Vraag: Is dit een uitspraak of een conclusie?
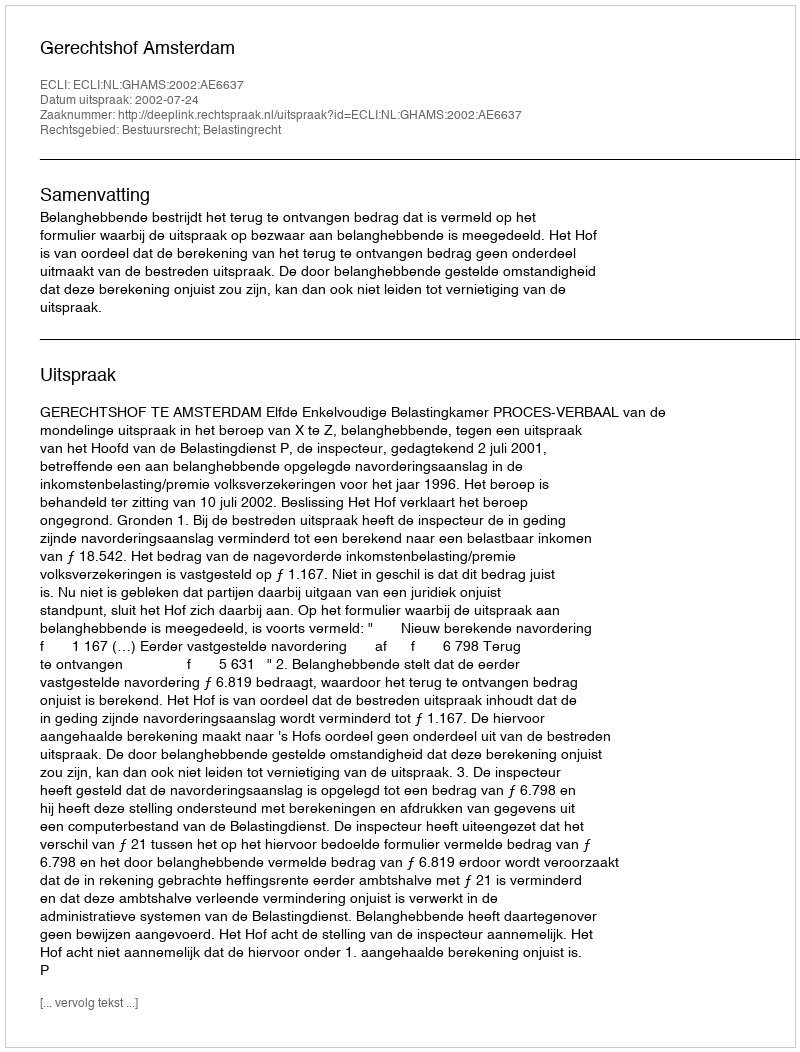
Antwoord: Uitspraak